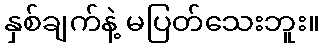
နှစ်ချက်နဲ့ မပြတ်သေးဘူး။